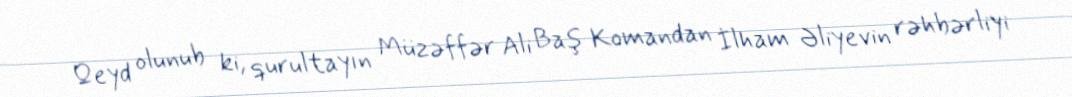
Qeyd olunub ki, qurultayın Müzəffər Ali Baş Komandan İlham Əliyevin rəhbərliyi